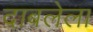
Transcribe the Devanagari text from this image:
दाबलेला